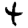
Digit: 4